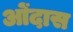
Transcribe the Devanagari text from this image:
ओंदास